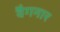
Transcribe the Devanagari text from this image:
वैगनार